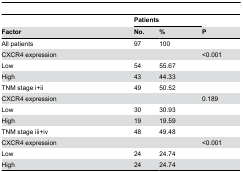
<table><thead><tr><td></td><td></td><td colspan="2"><b>Patients</b></td><td></td></tr><tr><td><b>Factor</b></td><td></td><td><b>No.</b></td><td><b>%</b></td><td><b>P</b></td></tr></thead><tbody><tr><td>All patients</td><td></td><td>97</td><td>100</td><td></td></tr><tr><td>CXCR4 expression</td><td></td><td></td><td></td><td>&lt;0.001</td></tr><tr><td>Low</td><td></td><td>54</td><td>55.67</td><td></td></tr><tr><td>High</td><td></td><td>43</td><td>44.33</td><td></td></tr><tr><td>TNM stage i+ii</td><td></td><td>49</td><td>50.52</td><td></td></tr><tr><td colspan="2">CXCR4 expression</td><td></td><td></td><td>0.189</td></tr><tr><td>Low</td><td></td><td>30</td><td>30.93</td><td></td></tr><tr><td>High</td><td></td><td>19</td><td>19.59</td><td></td></tr><tr><td>TNM stage iii+iv</td><td></td><td>48</td><td>49.48</td><td></td></tr><tr><td colspan="2">CXCR4 expression</td><td></td><td></td><td>&lt;0.001</td></tr><tr><td>Low</td><td></td><td>24</td><td>24.74</td><td></td></tr><tr><td>High</td><td></td><td>24</td><td>24.74</td><td></td></tr></tbody></table>